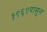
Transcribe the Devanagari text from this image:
१९६९पासून